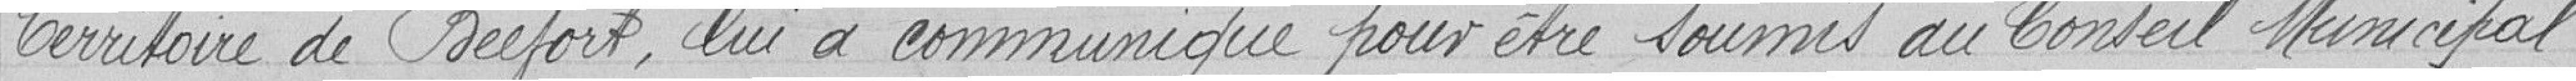
du Territoire de Belfort, lui a communiqué pour être soumis au Conseil Municipal